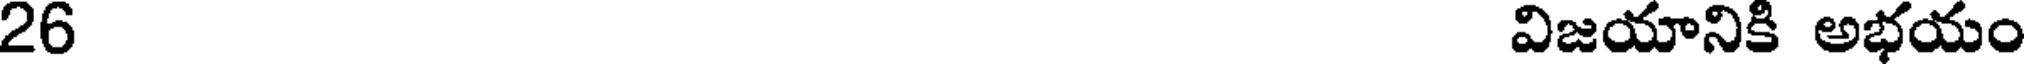
26 విజయానికి అభయం